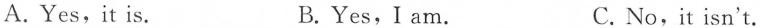
A.Yes,it is. B.Yes,I am. C. No,it isn't.